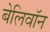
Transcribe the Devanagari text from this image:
बेलिवॉन